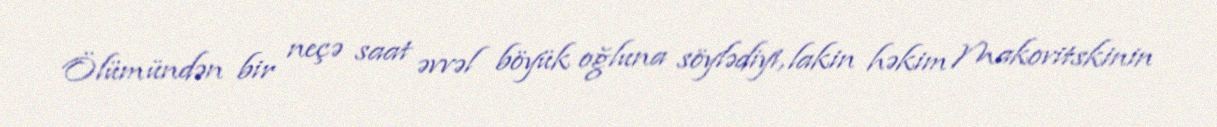
Ölümündən bir neçə saat əvvəl böyük oğluna söylədiyi, lakin həkim Makovitskinin